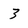
Character: 3